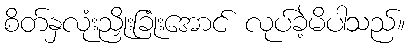
စိတ်နှလုံးညှိုးခြုံးအောင် လုပ်ခဲ့မိပါသည်။